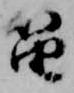
笛